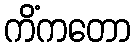
ကိံကတော